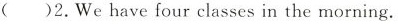
( )2.We have four classes in the morning.